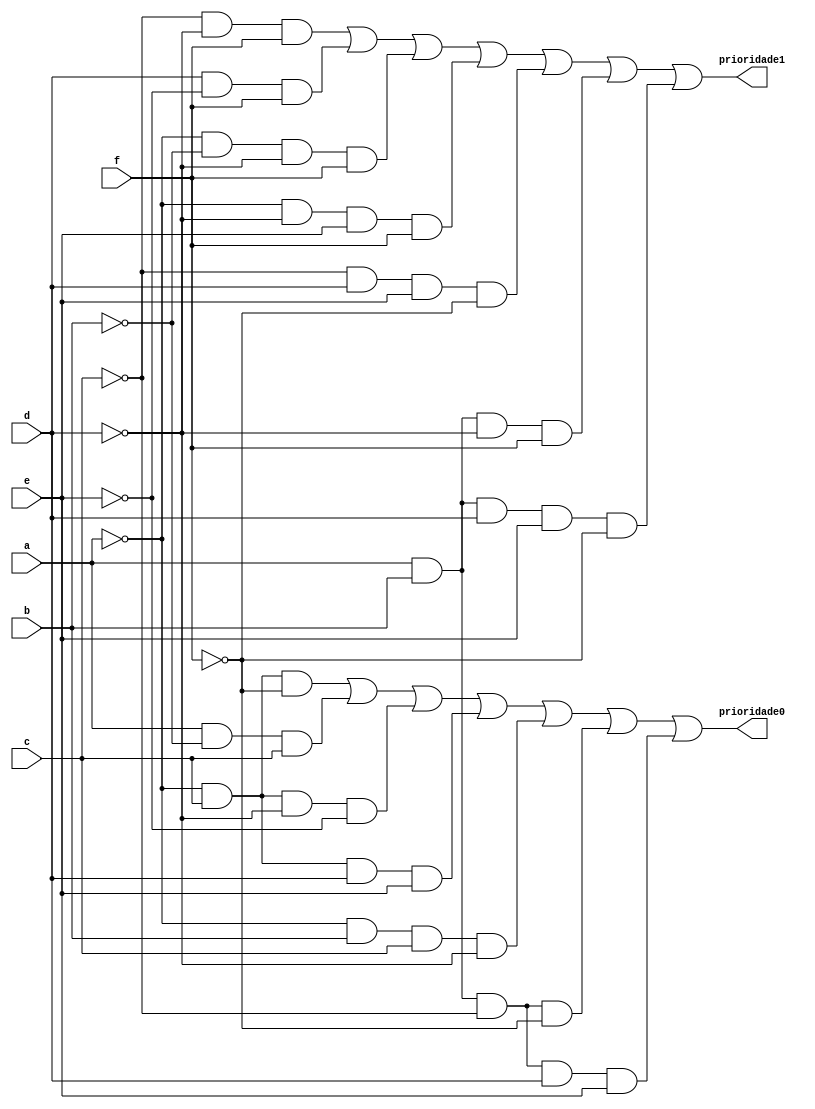
module prioridade(
	input a,b,c,d,e,f,
	output wire prioridade0, prioridade1
);
wire [13:0] data;
not not0(a1,a);
not not1(b1,b);
not not2(c1,c);
not not3(d1,d);
not not4(e1,e);
not not5(f1,f);
//saida 1(equivale a interface 1)
and and0(data[0],a1,c,f1);
and and1(data[1],a,b1,c);
and and2(data[2],a1,c,d1,e1);
and and3(data[3],a1,c,d,e);
and and4(data[4],a1,b,c,d1);
and and5(data[5],a,b,c1,f1);
and and6(data[6],a,b,c1,d,e);
or or0(prioridade0,data[0],data[1],data[2],data[3],data[4],data[5],data[6]);
//saida 2(equivale a interface 2)
and and7(data[7],c1,d1,f);
and and8(data[8],d,e1,f);
and and9(data[9],a1,b1,d1,f);
and and10(data[10],a1,d1,e,f);
and and11(data[11],c1,d,e,f1);
and and12(data[12],a,b,d1,f);
and and13(data[13],a,b,d,e,f1);
or or1(prioridade1,data[7],data[8],data[9],data[10],data[11],data[12],data[13]);
endmodule 
//verifica prioriade entre os perfis das duas interfaces